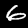
Label: 6